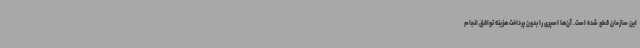
این سازمان قطع شده است. آن‌ها اسپری را بدون پرداخت هزینه توافق انجام